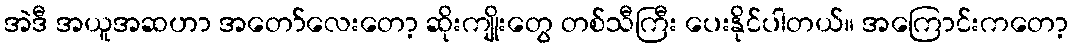
အဲဒီ အယူအဆဟာ အတော်လေးတော့ ဆိုးကျိုးတွေ တစ်သီကြီး ပေးနိုင်ပါတယ်။ အကြောင်းကတော့